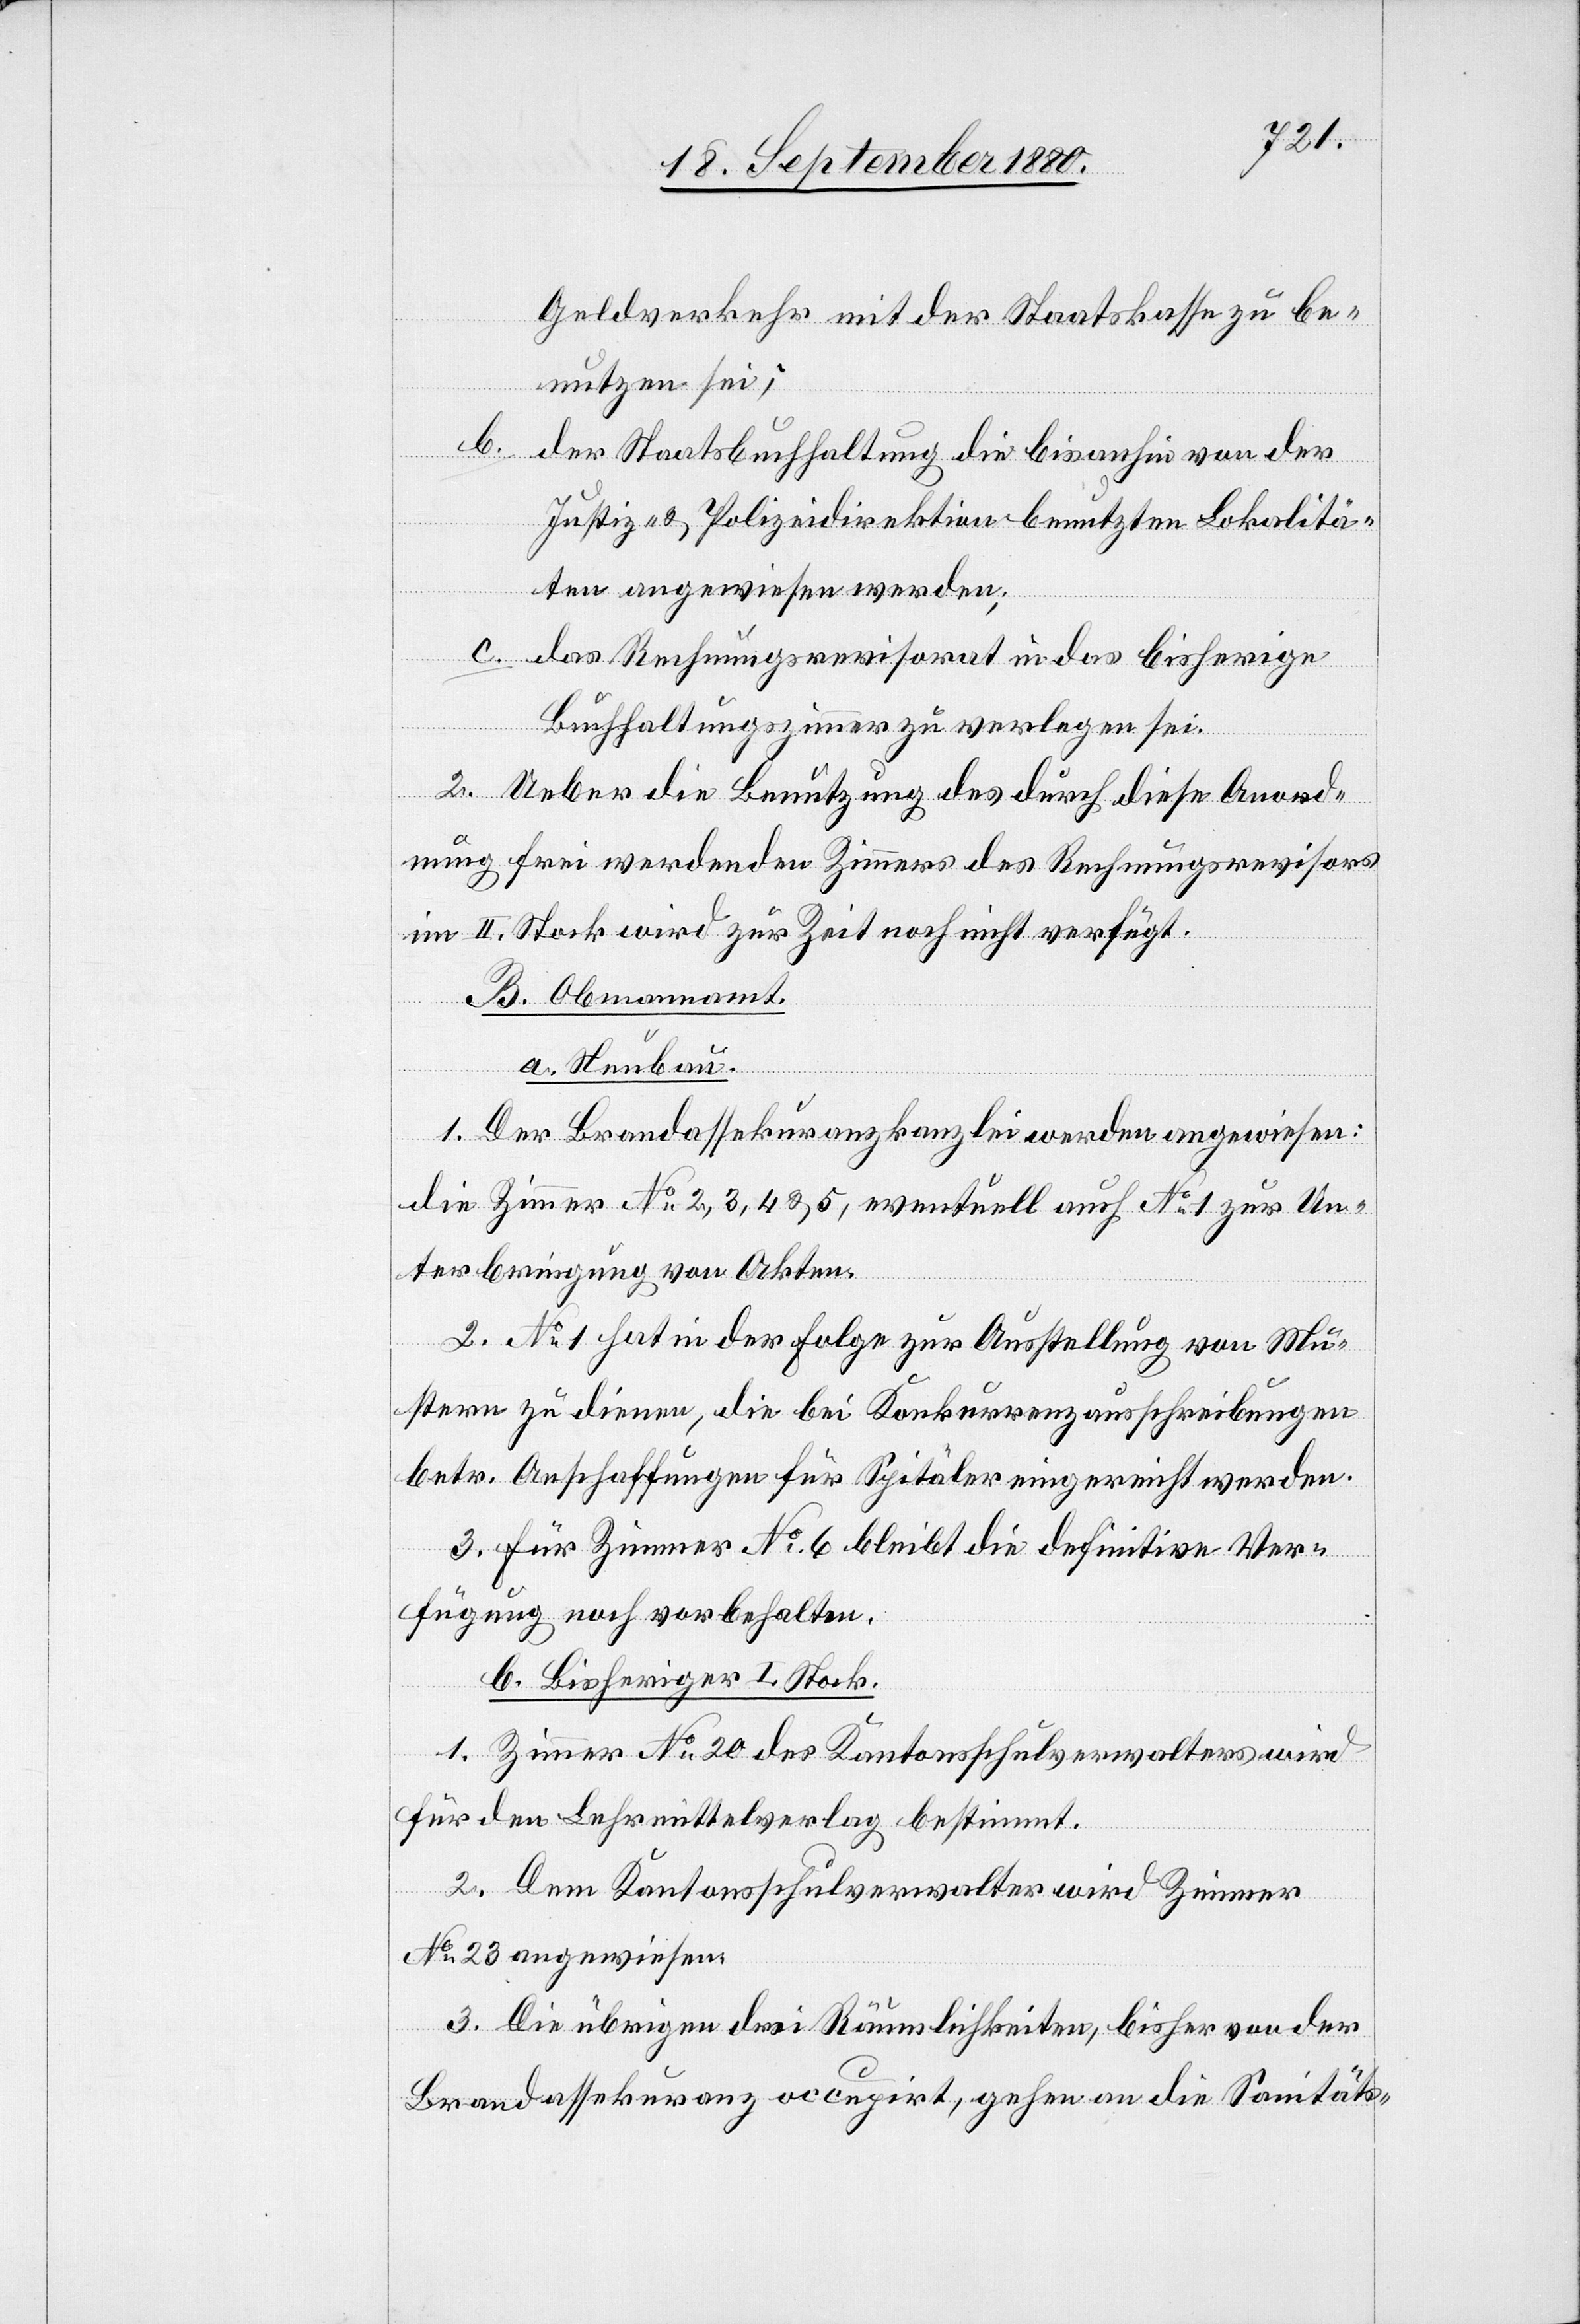
Geldverkehr mit der Staatskasse zu be¬
nutzen sei;
b.
der Staatsbuchhaltung die bisanhin von der
Justiz- & Polizeidirektion benutzten Lokalitä¬
ten angewiesen werden;
c.
das Rechnungsrevisorat in das bisherige
Buchhaltungszimmer zu verlegen sei.
2. Ueber die Benutzung des durch diese Anord¬
nung frei werdenden Zimmers des Rechnungsrevisors
im II. Stock wird zur Zeit noch nicht verfügt.
B. Obmannamt
a. Neubau.
1. Der Brandassekuranzkanzlei werden angewiesen:
die Zimmer No 2, 3, 4 & 5, eventuell auch No 1 zur Un¬
terbringung von Akten.
2. No 1 hat in der Folge zur Ausstellung von Mu¬
stern zu dienen, die bei Konkurrenzausschreibungen
betr. Anschaffungen für Spitäler eingereicht werden.
3. Für Zimmer No 6 bleibt die definitive Ver¬
fügung noch vorbehalten.
b. Bisheriger I. Stock
1. Zimmer No 20 des Kantonsschulverwalters wird
für den Lehrmittelverlag bestimmt.
2. Dem Kantonsschulverwalter wird Zimmer
No 23 angewiesen.
3. Die übrigen drei Räumlichkeiten, bisher von der
Brandassekuranz occupirt, gehen an die Sanitäts-